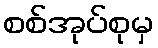
စစ်အုပ်စုမှ